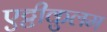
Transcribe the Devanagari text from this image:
एट्टीकुलम